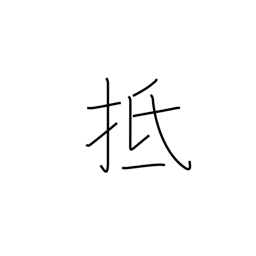
Meaning: touch